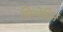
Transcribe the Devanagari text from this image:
मिलेमिन